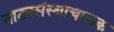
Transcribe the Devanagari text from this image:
नाट्यसंस्थाचालक